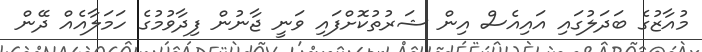
މުއާޒުގެ ބަދަލުގައި އައިއެސް އިން ޝަރުތުކޮށްފައި ވަނީ ޖާނުން ފިދާވުމުގެ ހަމަލާއެއް ދޭން